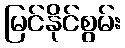
မြင်နိုင်စွမ်း